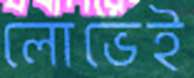
লোভেই